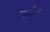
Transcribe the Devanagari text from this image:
मार्त्तण्ड